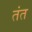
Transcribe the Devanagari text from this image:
तंत